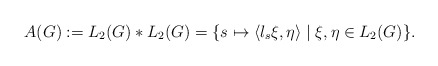
\begin{align*} A(G) := L_2(G) \ast L_2(G) = \{ s \mapsto \langle \l_s \xi, \eta \rangle \mid \xi, \eta \in L_2(G) \}.\end{align*}